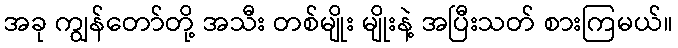
အခု ကျွန်တော်တို့ အသီး တစ်မျိုး မျိုးနဲ့ အပြီးသတ် စားကြမယ်။